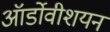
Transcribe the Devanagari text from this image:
ऑर्डोवीशयन